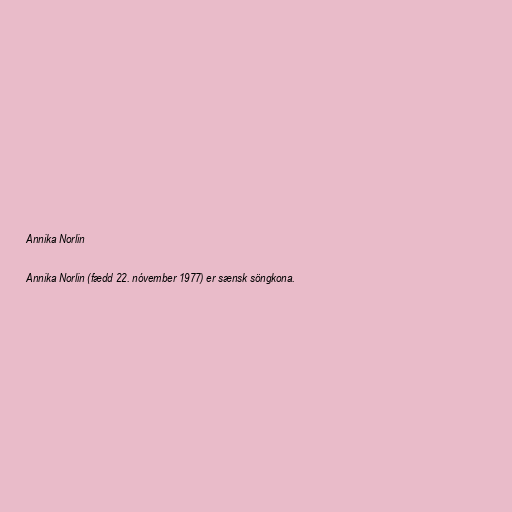
Annika Norlin

Annika Norlin (fædd 22. nóvember 1977) er sænsk söngkona.